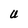
Character: U